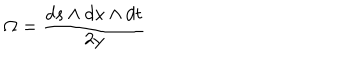
\Omega = \frac { d s \wedge d x \wedge d t } { 2 y }